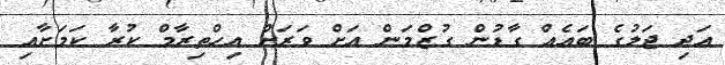
އަދި ޖަލުގެ ބައެއް ގާޑުން ގުޒްމަން އަށް ވަރަށް އިހްތިރާމް ކުރާ ކަމަށާއި